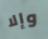
وإلا